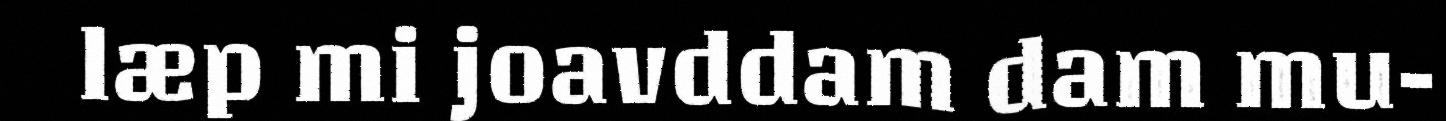
læp mi joavddam dam mu-